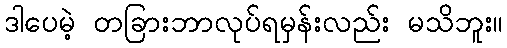
ဒါပေမဲ့ တခြားဘာလုပ်ရမှန်းလည်း မသိဘူး။